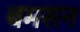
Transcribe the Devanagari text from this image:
बमसन